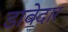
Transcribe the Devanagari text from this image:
डावेदार